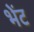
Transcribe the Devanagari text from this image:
भेेंट